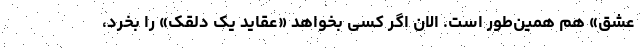
عشق» هم همین‌طور است. الان اگر کسی بخواهد «عقاید یک دلقک» را بخرد،